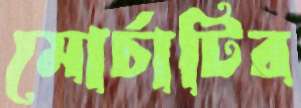
মোর্চাটির